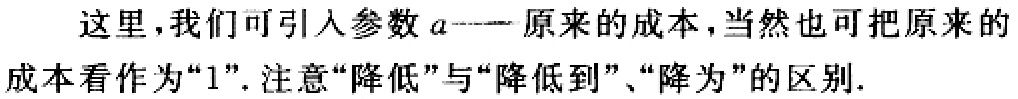
这里,我们可引入参数\(a\)——原来的成本,当然也可把原来的成本看作为“\(1\)”. 注意“降低”与“降低到”、“降为”的区别.